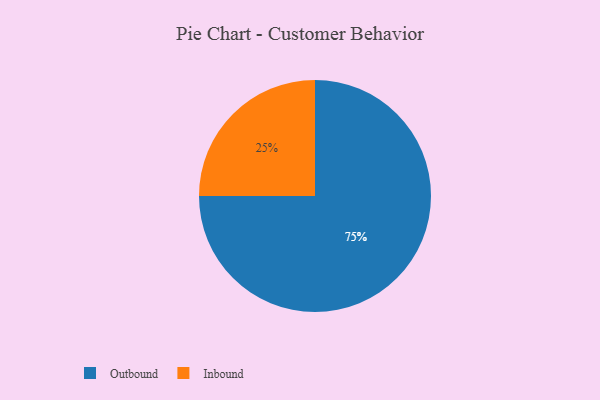
{"axis": {"x": "Category", "y": "Percentage"}, "legend": ["Inbound", "Outbound"], "data": [{"x": "Outbound", "y": 75, "type": "Outbound"}, {"x": "Inbound", "y": 25, "type": "Inbound"}]}